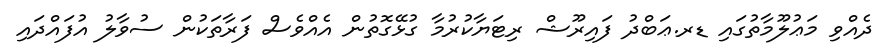
ދެއްވި މަޢުލޫމާތުގައި ޑރ.ޢަބްދު ފައިރޫޝް ރިޓަޔާކުރުމާ ގުޅޭގޮތުން އެއްވެސް ފަރާތަކުން ސުވާލު އުފައްދައި